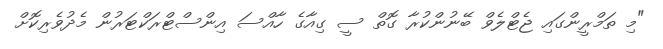
"މި ތަމްރީންގައި ޖެޓްލެވް ބޭނުންކުރާ ގޮތް ސީ ގިއާގެ ހާއްސަ އިންސްޓްރަކްޓަރުން މެދުވެރިކޮށް